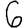
Digit: 6